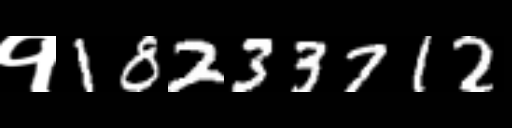
Text: १18233712